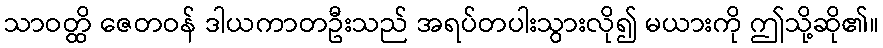
သာဝတ္ထိ ဇေတဝန် ဒါယကာတဦးသည် အရပ်တပါးသွားလို၍ မယားကို ဤသို့ဆို၏။